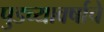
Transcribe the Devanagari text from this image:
पुडच्यावर्षाचे